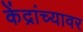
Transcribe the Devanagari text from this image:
केंद्रांच्यावर